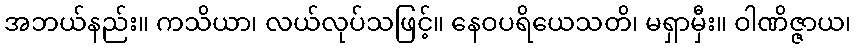
အဘယ်နည်း။ ကသိယာ၊ လယ်လုပ်သဖြင့်။ နေဝပရိယေသတိ၊ မရှာမှီး။ ဝါဏိဇ္ဇာယ၊